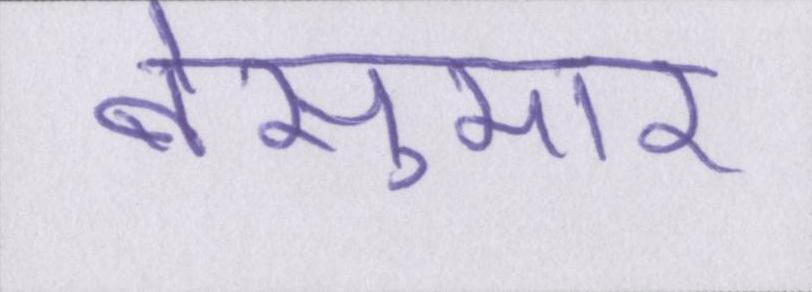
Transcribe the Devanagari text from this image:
बेसुमार